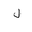
Letter: _lam